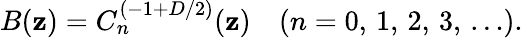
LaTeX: B(\mathbf{z})=C_{n}^{(-1+D/2)}(\mathbf{z})\quad(n=0,\, 1,\, 2,\, 3,\, \ldots).